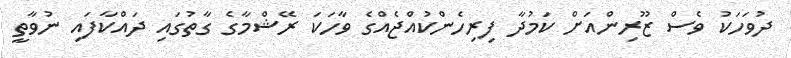
ދުވަހަކު ވެސް ޒޫރިންއަށް ކަމުދާ ފިރިހެންކުއްޖެއްގެ ވާހަކަ ރޭޝްމާގެ ގާތުގައި ދައްކާފައި ނުވާތީ